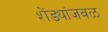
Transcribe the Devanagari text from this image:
शेंड्यांजवळ